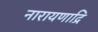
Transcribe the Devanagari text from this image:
नारायणाद्रि